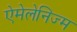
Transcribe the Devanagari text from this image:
ऐमेलेनिज्म